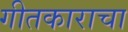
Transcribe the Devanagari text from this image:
गीतकाराचा